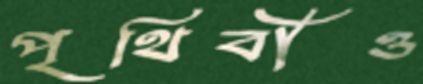
পৃথিবীও